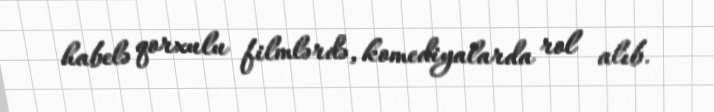
habelə qorxulu filmlərdə, komediyalarda rol alıb.